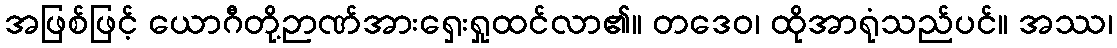
အဖြစ်ဖြင့် ယောဂီတို့ဉာဏ်အားရှေးရှုထင်လာ၏။ တဒေဝ၊ ထိုအာရုံသည်ပင်။ အဿ၊